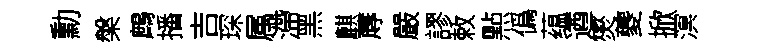
勳槃鷓播吉琛属滯黑麒蓐嚴謬敕㸃僞蕴遒爕夔掀溟